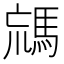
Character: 𩣐